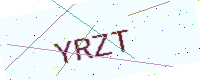
Text: YRZT